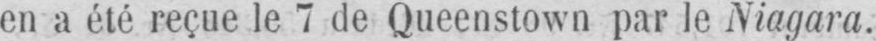
en a été reçue le 7 de Queenstown par le Niagara.